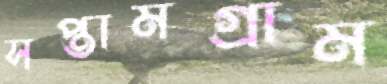
সপ্তামগ্রাম